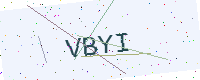
Text: VBYI